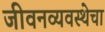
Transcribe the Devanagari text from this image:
जीवनव्यवस्थेचा